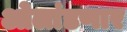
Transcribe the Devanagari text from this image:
ओलांडणार